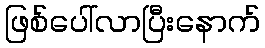
ဖြစ်ပေါ်လာပြီးနောက်